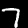
Label: 7